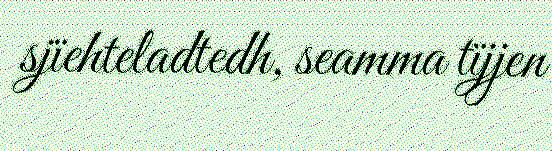
sjïehteladtedh, seamma tïjjen